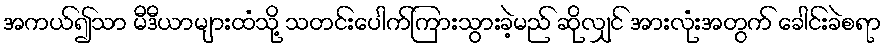
အကယ်၍သာ မီဒီယာများထံသို့ သတင်းပေါက်ကြားသွားခဲ့မည် ဆိုလျှင် အားလုံးအတွက် ခေါင်းခဲစရာ